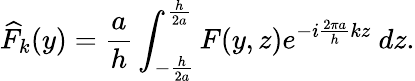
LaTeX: \displaystyle\widehat{F}_{k}(y)=\frac{a}{h}\int_{-\frac{h}{2a}}^{\frac{h}{2a}}F(y,z)e^{-i\frac{2\pi a}{h}kz}~dz.